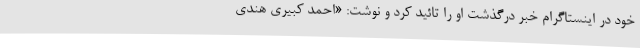
خود در اینستاگرام خبر درگذشت او را تائید کرد و نوشت: «احمد کبیری هندی